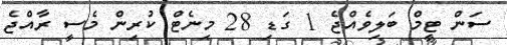
ސަން ޓީމް ބަލިވެއްޖެ 1 ގަޑި 28 މިނެޓް ކުރިން މެސީ ރާއްޖެ